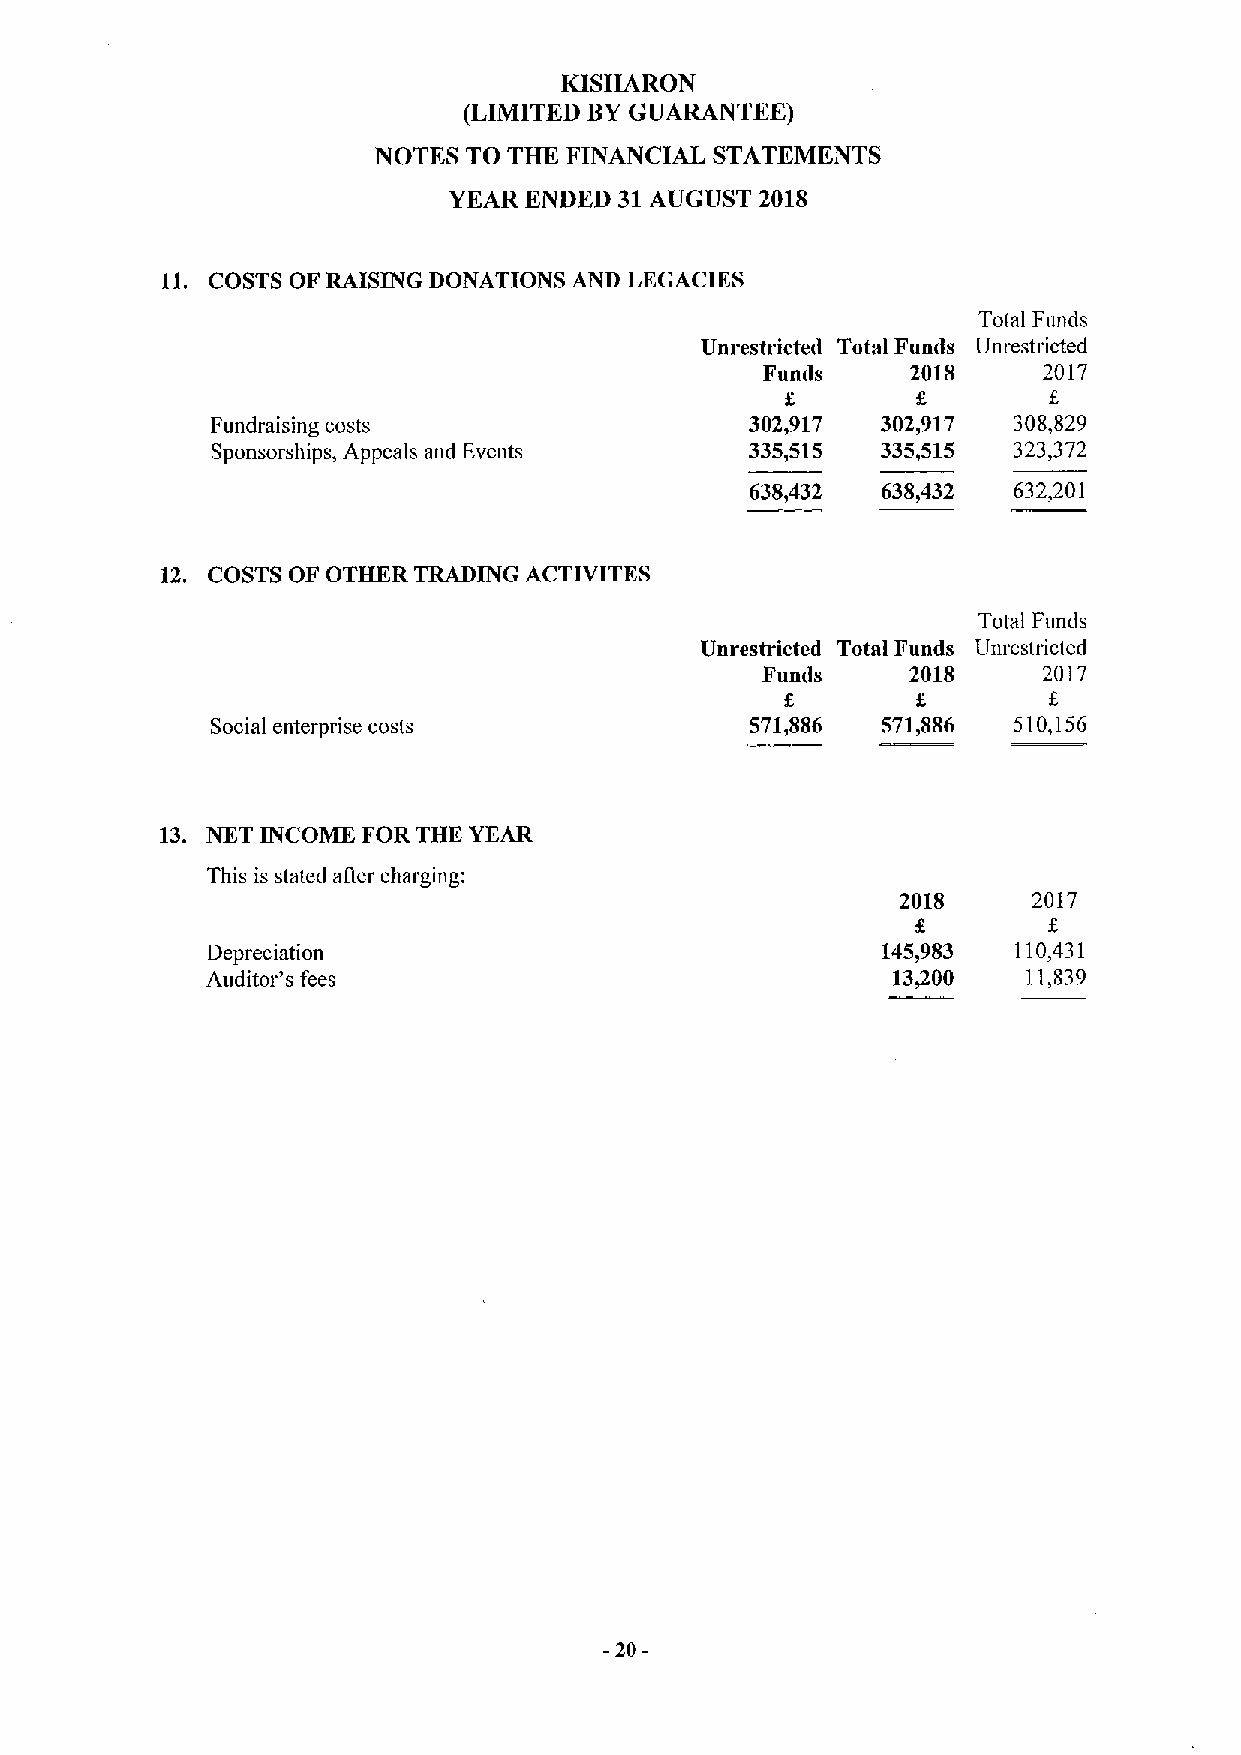
KISHARON
 (LIMITED BYGUARANTEE)
 NOTES TO THK FINANCIAL STATEMENTS
 YEAR ENDED 31AUGUST 2018
 11. COSTS OF RAISING DONATIONS AND LEGACIES
 Total Funds
 Unrestricte&l Total Funds Unrestricted
 Funds     2018     2017
 f
 Fundraising costs                   302,917 302,917  308,829
 Sponsorships, Appeals and Events    335,515 335,515  323,372
 638,432 638,432  632,201
 12. COSTS OF OTHER TRADING ACTIVITES
 Total Funds
 Unrestricted Total Funds Unrestricted
 Funds     2018     2017
 f
 Social enterprise costs             571,886 571,886  510,156
 13. NET INCOME FOR THE YEAR
 This is stated after charging:
 2018    2017
 Depreciation                                145,983  110,431
 Auditor's fees                               13400    11,839
 -20-